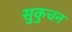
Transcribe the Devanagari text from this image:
सुकुचन